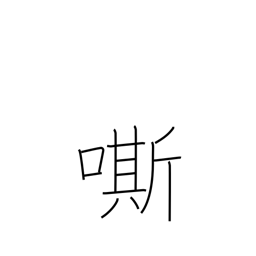
Meaning: whinny